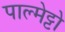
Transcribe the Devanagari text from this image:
पाल्मेट्टो